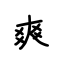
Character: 爽